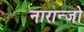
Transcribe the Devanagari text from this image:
नारान्जो